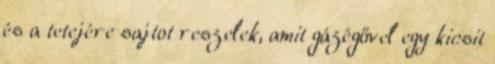
és a tetejére sajtot reszelek, amit gázégővel egy kicsit